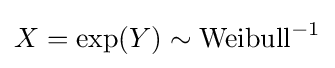
X=\exp(Y)\sim \mathrm {Weibull} ^{-1}